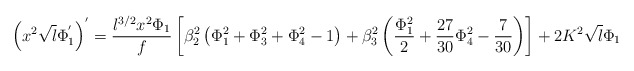
\begin{align*}\left(x^2 \sqrt{l} \Phi_1^{'}\right)^{'}=\frac{l^{3/2} x^2 \Phi_1}{f}\left[\beta_2^2 \left(\Phi_1^2 + \Phi_3^2 + \Phi_4^2-1 \right) + \beta_3^2 \left(\frac{\Phi_1^2}{2} + \frac{27}{30} \Phi_4^2 - \frac{7}{30} \right) \right] + 2 K^2 \sqrt{l}\Phi_1\end{align*}